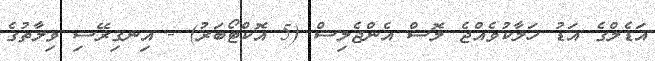
އަޑެލްގެ އަޑު ހަލާކުވެއްޖެ ލޮސް އެންޖެލިސް (5 އޮކްޓޯބަރު) - އިނގިރޭސި ވިލާތުގެ